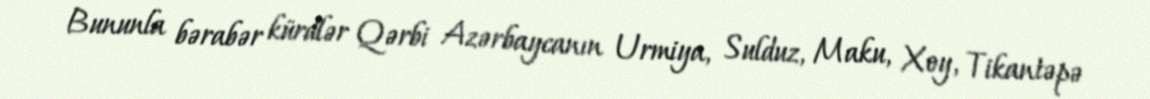
Bununla bərabər kürdlər Qərbi Azərbaycanın Urmiya, Sulduz, Maku, Xoy, Tikantəpə